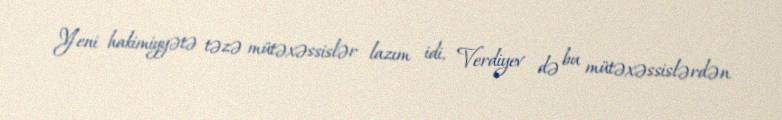
Yeni hakimiyyətə təzə mütəxəssislər lazım idi, Verdiyev də bu mütəxəssislərdən